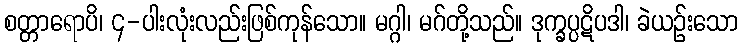
စတ္တာရောပိ၊ ၄-ပါးလုံးလည်းဖြစ်ကုန်သော။ မဂ္ဂါ၊ မဂ်တို့သည်။ ဒုက္ခပ္ပဋိပဒါ၊ ခဲယဉ်းသော